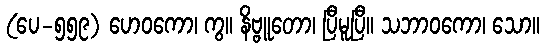
(ပေ-၅၅၉) ဟေဝကော၊ ကွ။ နိဗ္ဗူတော၊ ပြီမူပြီ။ သဘာဝကော၊ သော။